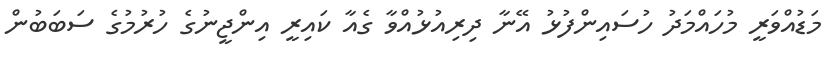
މަޑުއްވަރީ މުހައްމަދު ހުސައިންފުޅު އޭނާ ދިރިއުޅުއްވާ ގެއާ ކައިރީ އިންޖީނުގެ ހުރުމުގެ ސަބަބުން